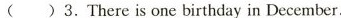
( )3.There is one birthday in December.